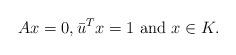
LaTeX: \begin{align*}Ax=0,\bar{u}^{T}x=1\mbox{ and }x\in K.\end{align*}